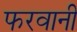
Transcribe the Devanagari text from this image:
फरवानी